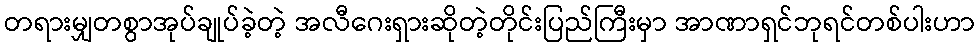
တရားမျှတစွာအုပ်ချုပ်ခဲ့တဲ့ အလီဂေးရှားဆိုတဲ့တိုင်းပြည်ကြီးမှာ အာဏာရှင်ဘုရင်တစ်ပါးဟာ